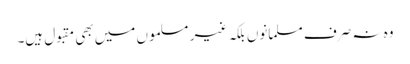
وہ نہ صرف مسلمانوں بلکہ غیر مسلموں میں بھی مقبول ہیں۔